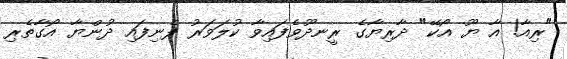
"ރިއާ! އާ ޔޫ އޯކޭ" ދާރިޔާގެ ރީނދޫވެފައިވާ ކުލަވަރު ފެނިފައި ދުންޔާ އޯގާތެރި